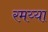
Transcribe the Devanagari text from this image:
रमय्या